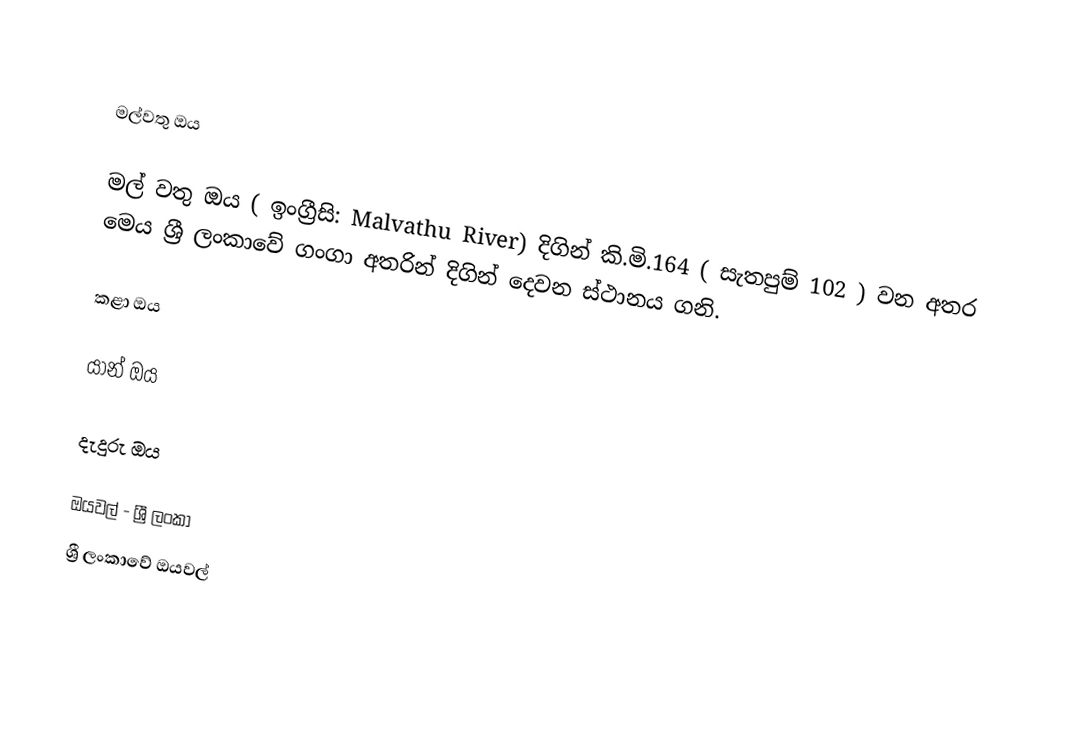

මල්වතු ඔය

මල් වතු ඔය ( ඉංග්‍රීසි: Malvathu River) දිගින් කි.මි.164 ( සැතපුම් 102 ) වන අතර මෙය ශ්‍රී ලංකාවේ ගංගා අතරින් දිගින් දෙවන ස්ථානය ගනි.

කළා ඔය

යාන් ඔය

දැදුරු ඔය

ඔයවල් - ශ්‍රී ලංකා
ශ්‍රී ලංකාවේ ඔයවල්